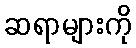
ဆရာများကို